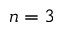
n = 3